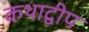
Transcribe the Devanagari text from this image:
कथाद्वीप